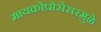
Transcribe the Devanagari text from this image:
मायक्रोप्रोसेसरमुळे